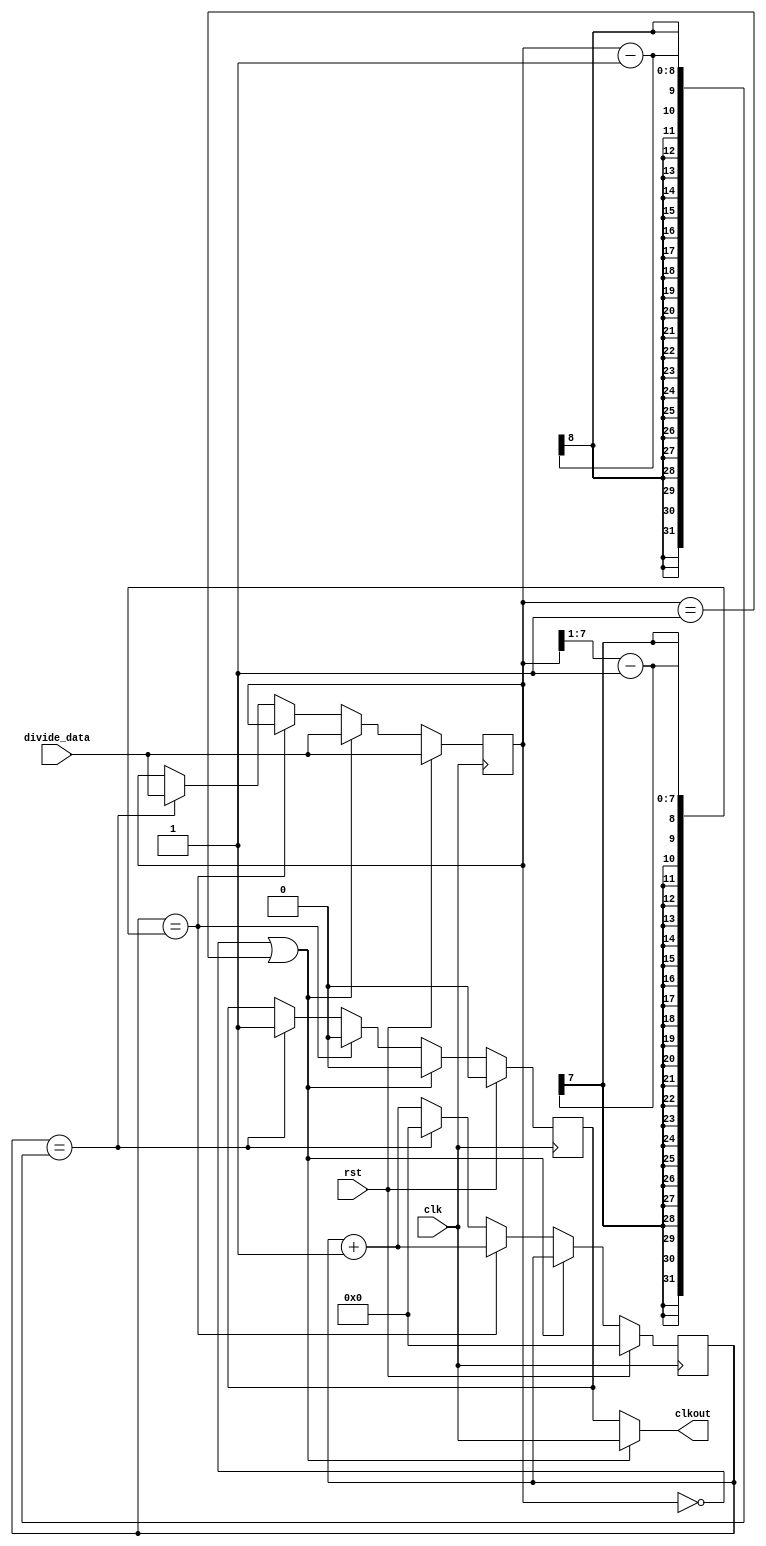
// Module Function
 
module freq_divider_8bit ( 
        input 	              clk,
        input           	  rst,
		  input  wire  [7:0]  divide_data,
        output wire	        clkout
		);
 
   reg  [7:0]  divide_data_reg;
	reg  [7:0]  divider_counter;
   reg          r_clkout;
	
	always @ (posedge clk)                                             
		begin
			if(rst)
			  begin
			      divide_data_reg  <= divide_data;
			      divider_counter  <= 0;
				   r_clkout         <= 0;
			   end
			else
   			if (divide_data_reg == 8'h00 || divide_data_reg == 8'h01)
			      begin
					   divide_data_reg <= divide_data;
						r_clkout        <= 0;
					end
			   else
				   if (divider_counter == {1'b0,divide_data_reg[7:1]} - 1)
			         begin
			            r_clkout        <= 0;
				         divider_counter <= divider_counter + 1;
				      end
			      else if (divider_counter == divide_data_reg - 1)
			         begin
			            divide_data_reg <= divide_data;
							r_clkout        <= 1;
                     divider_counter <= 0;
                  end						
               else				  
			         divider_counter <= divider_counter + 1;
		end
   
	assign  clkout = (divide_data_reg == 8'h00 || divide_data_reg == 8'h01) ? clk : r_clkout;
	
endmodule